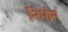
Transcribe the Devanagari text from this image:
निर्माम